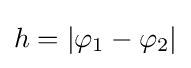
h=\left|\varphi _{1}-\varphi _{2}\right|